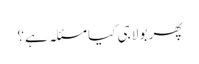
پھر بولا جی کیا مسئلہ ہے؟